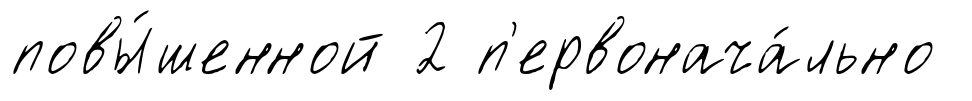
повы́шенной 2 п'ервонача́льно